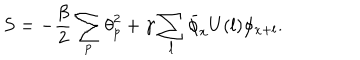
S = - \frac { \beta } { 2 } \sum _ { p } { \theta } _ { p } ^ { 2 } + \gamma \sum _ { l } \bar { \phi } _ { x } U ( l ) \phi _ { x + l } .